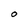
Character: O